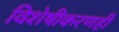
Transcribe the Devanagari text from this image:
विशेषीकरणही